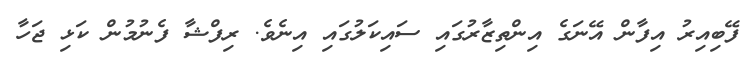
ފޭބިއިރު އިފާން އޭނަގެ އިންތިޒާރުގައި ސައިކަލުގައި އިނެވެ. ރިފްޝާ ފެނުމުން ކަޅި ޖަހާ